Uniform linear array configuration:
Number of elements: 8
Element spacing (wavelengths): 0.5
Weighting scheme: cosine
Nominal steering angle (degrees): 60
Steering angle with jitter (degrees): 61.223
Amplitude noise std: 0.05
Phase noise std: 0.05

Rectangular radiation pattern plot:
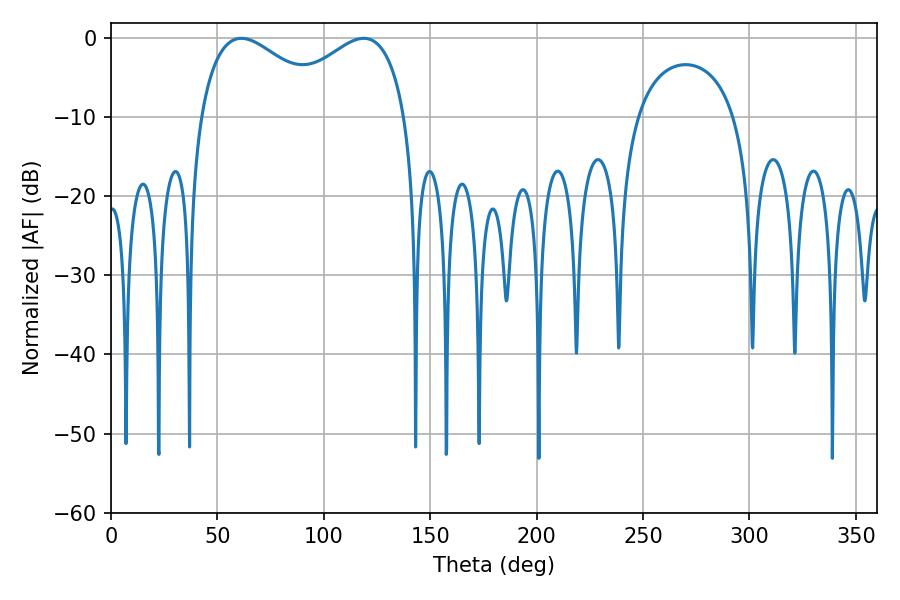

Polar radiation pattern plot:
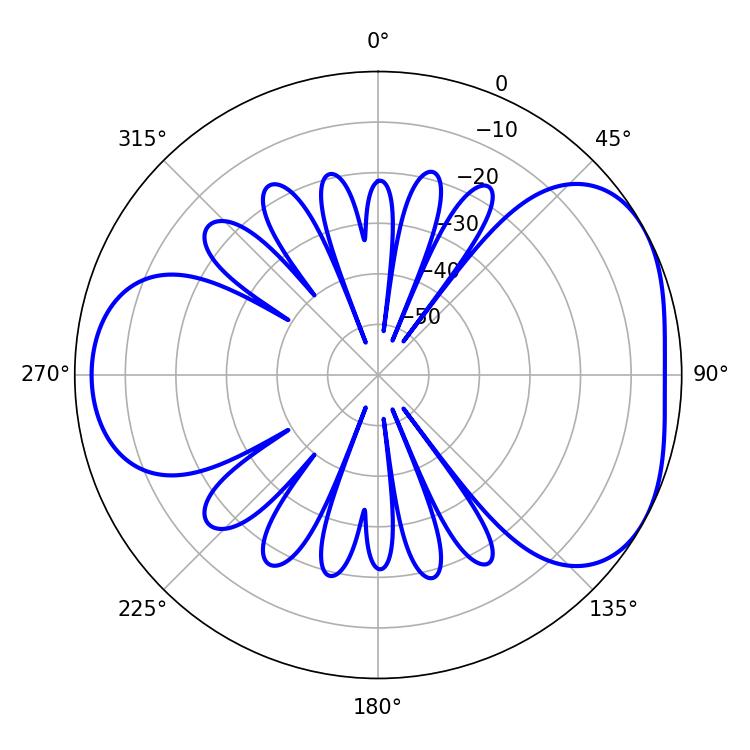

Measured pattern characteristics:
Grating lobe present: FALSE
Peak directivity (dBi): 4.357
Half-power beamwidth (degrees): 34.56
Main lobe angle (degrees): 61.2